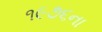
૧૯૭૬ના